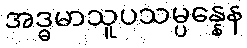
အဒ္ဓမာသူပသမ္ပန္နေန